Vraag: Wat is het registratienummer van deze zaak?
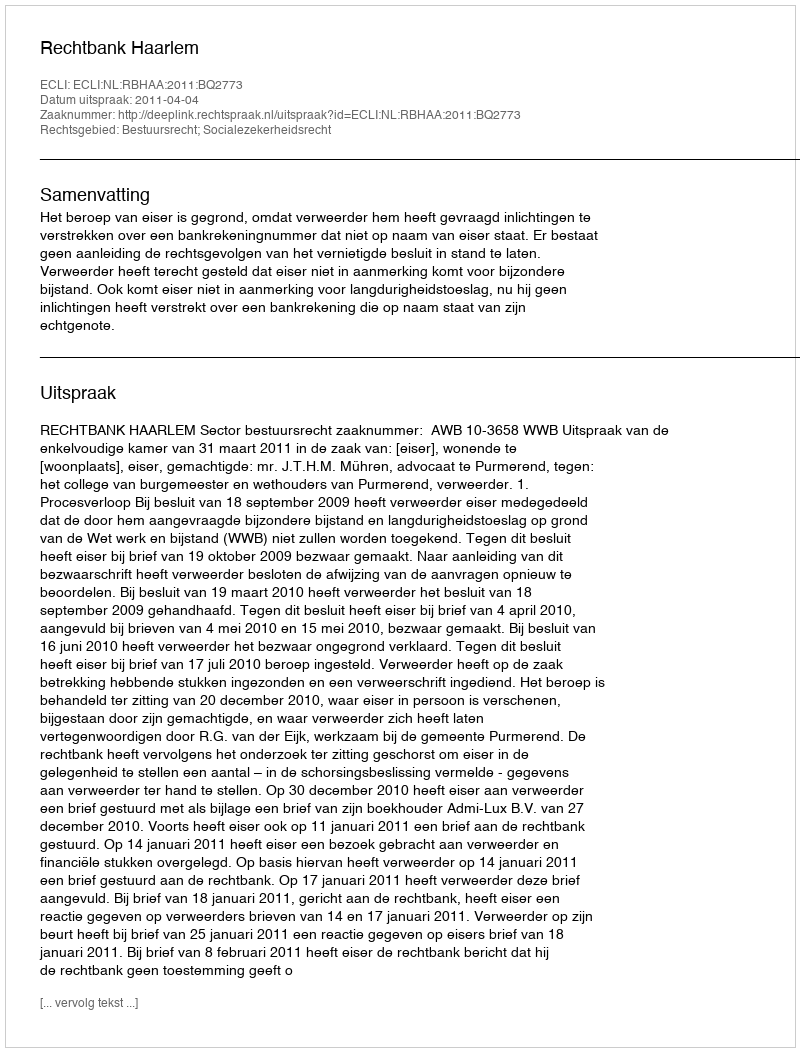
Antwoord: http://deeplink.rechtspraak.nl/uitspraak?id=ECLI:NL:RBHAA:2011:BQ2773